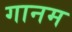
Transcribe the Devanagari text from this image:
गानम